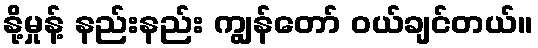
နို့မှုန့် နည်းနည်း ကျွန်တော် ဝယ်ချင်တယ်။